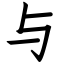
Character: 与